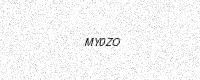
Text: MY0ZO